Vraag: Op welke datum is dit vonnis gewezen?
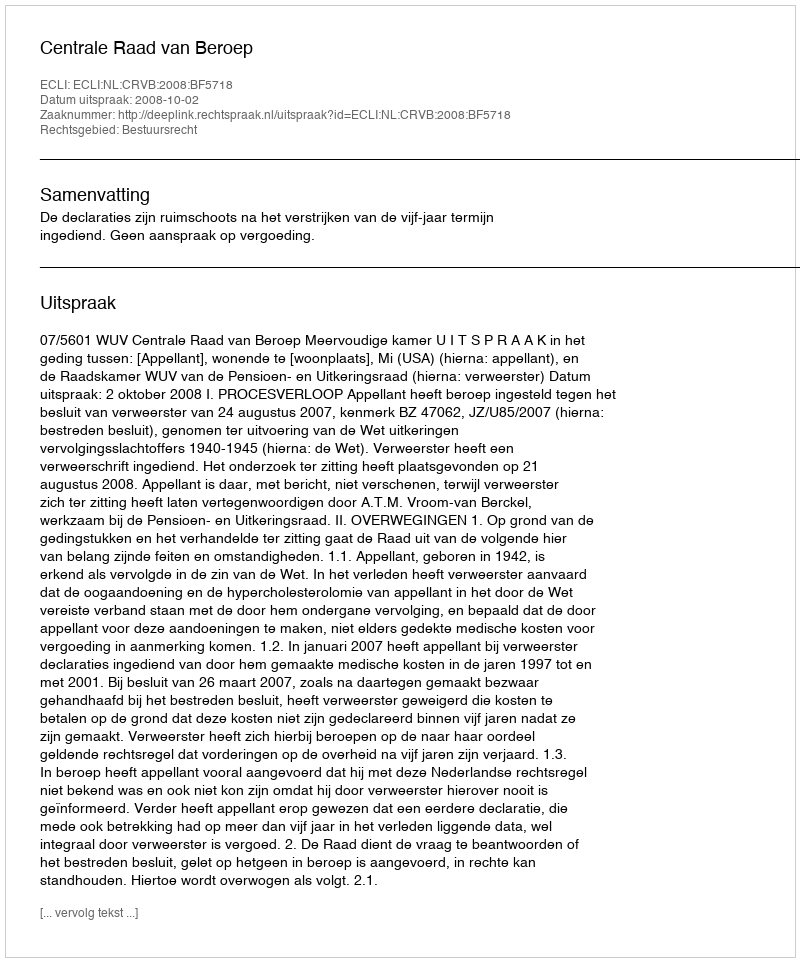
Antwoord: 2008-10-02